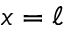
x = \ell